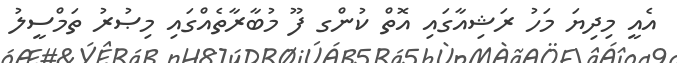
އެއީ މިދިޔަ މަހު ރަޝިއާގައި އޮތް ކުންގ ފޫ މުބާރާތެއްގައި މިޞުރު ތަމްސީލު